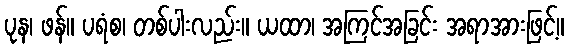
ပုန၊ ဖန်။ ပရံစ၊ တစ်ပါးလည်း။ ယထာ၊ အကြင်အခြင်း အရာအားဖြင့်။